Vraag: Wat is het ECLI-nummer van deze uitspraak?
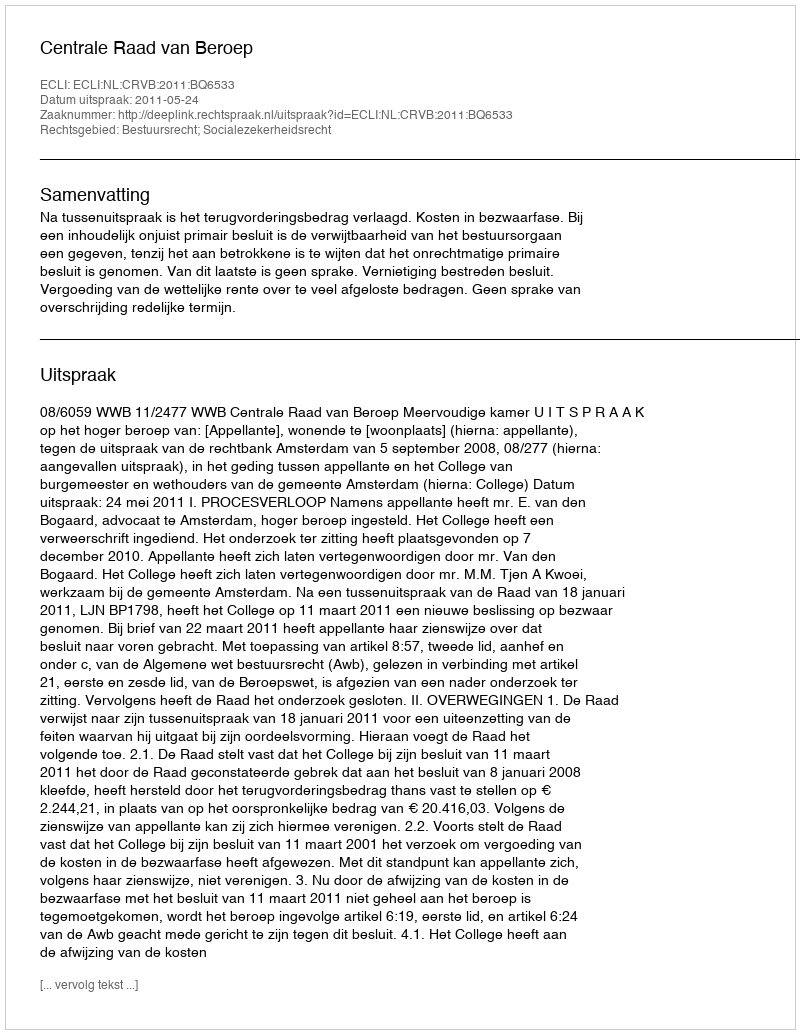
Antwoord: ECLI:NL:CRVB:2011:BQ6533